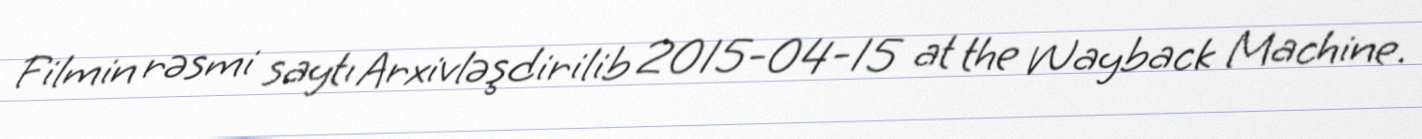
Filmin rəsmi saytı Arxivləşdirilib 2015-04-15 at the Wayback Machine.